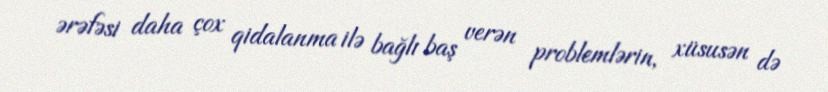
ərəfəsi daha çox qidalanma ilə bağlı baş verən problemlərin, xüsusən də